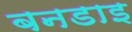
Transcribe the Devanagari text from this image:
बनडाइ